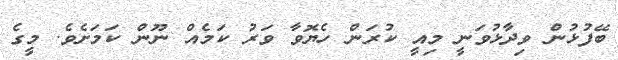
ބޭފުޅުން ވިދާޅުވަނީ މިއީ ކުރަން ހެޔޮވާ ވަރު ކަމެއް ނޫން ކަމަށެވެ. މީގެ